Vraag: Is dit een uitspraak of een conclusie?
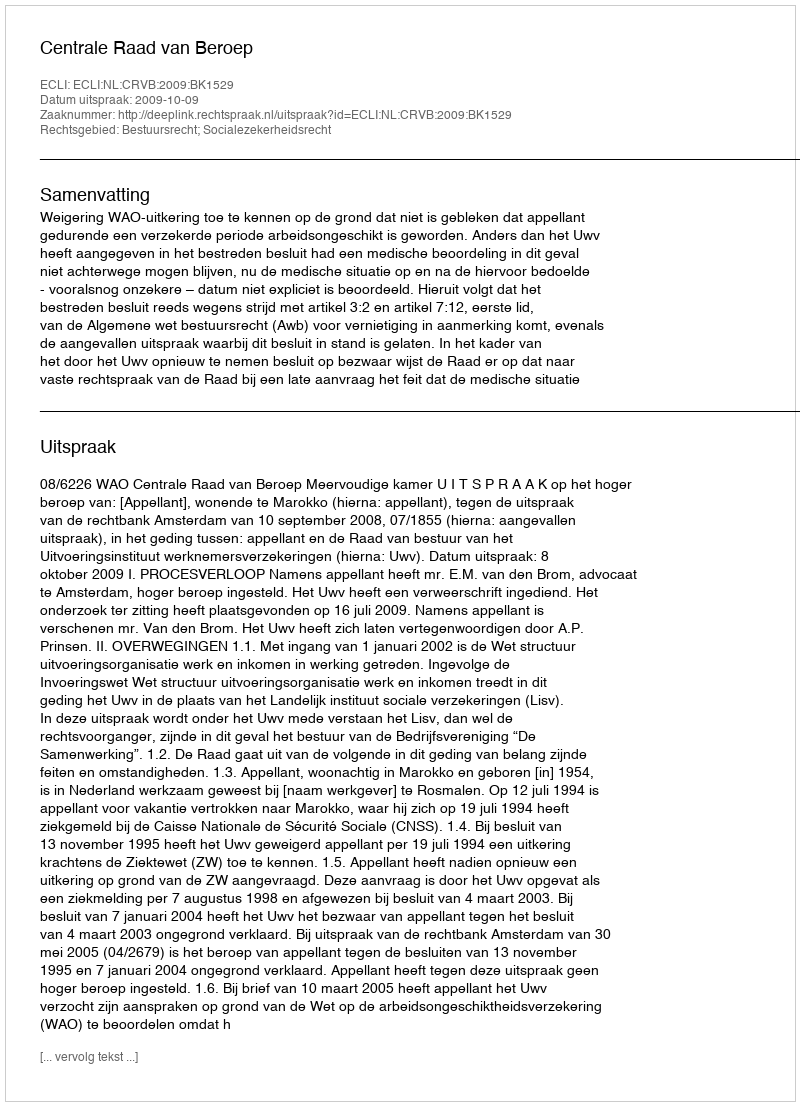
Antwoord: Uitspraak